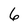
Character: 6